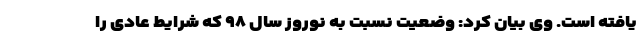
یافته است. وی بیان کرد: وضعیت نسبت به نوروز سال ۹۸ که شرایط عادی را